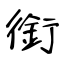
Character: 銜